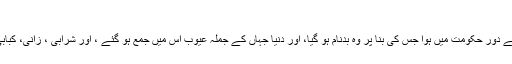
فاروقی صاحب لکھتے ہیں:
" بدقسمتی سے یہ (شہادتِ حسینؓ کا) واقعہ اس کے دورِ حکومت میں ہوا جس کی بنا پر وہ بدنام ہو گیا، اور دنیا جہاں کے جملہ عیوب اس میں جمع ہو گئے ، اور شرابی ، زانی، کبابی، فاسق، فاجر، کافر اور پتہ نہیں کیا کیا بن گیا؟